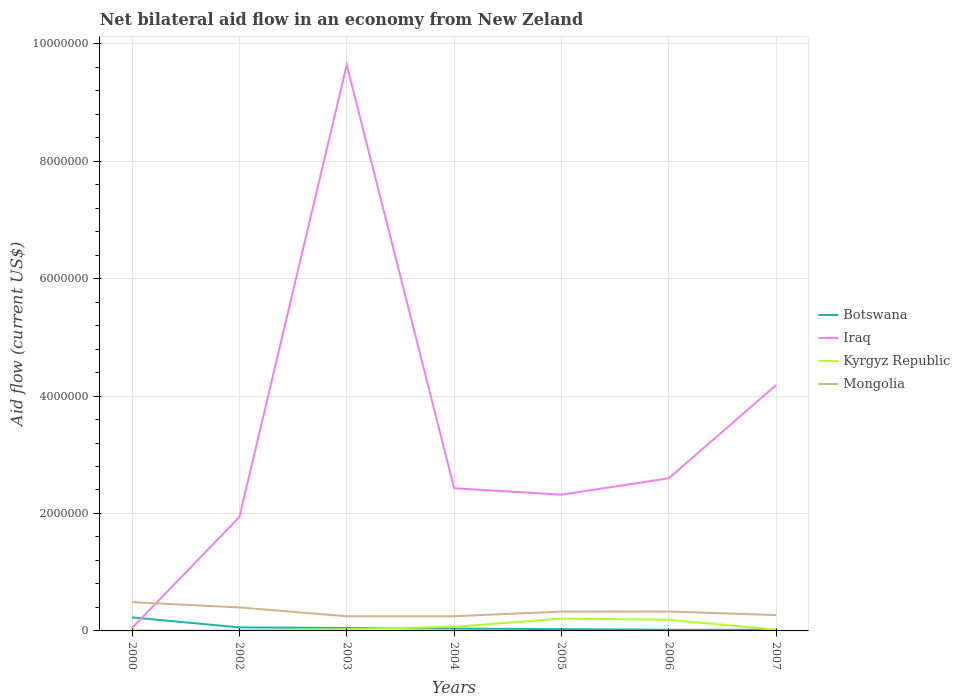
| Years | Botswana | Iraq | Kyrgyz Republic | Mongolia |
 | --- | --- | --- | --- | --- |
 | 2000 | 2.3e+05 | 5e+04 | 1e+04 | 4.9e+05 |
 | 2002 | 6e+04 | 1.94e+06 | 1e+04 | 4e+05 |
 | 2003 | 5e+04 | 9.64e+06 | 3e+04 | 2.5e+05 |
 | 2004 | 4e+04 | 2.43e+06 | 7e+04 | 2.5e+05 |
 | 2005 | 3e+04 | 2.32e+06 | 2.1e+05 | 3.3e+05 |
 | 2006 | 2e+04 | 2.6e+06 | 1.9e+05 | 3.3e+05 |
 | 2007 | 2e+04 | 4.19e+06 | 2e+04 | 2.7e+05 |